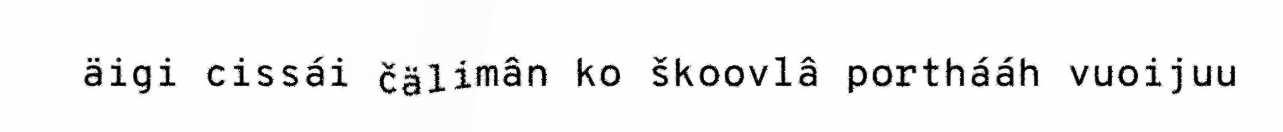
äigi cissái čälimân ko škoovlâ porthááh vuoijuu